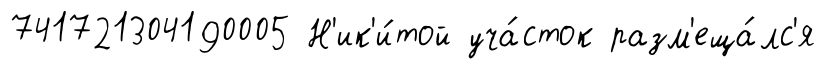
741721304190005 Н'ик'и́той уча́сток разм'еща́лс'я